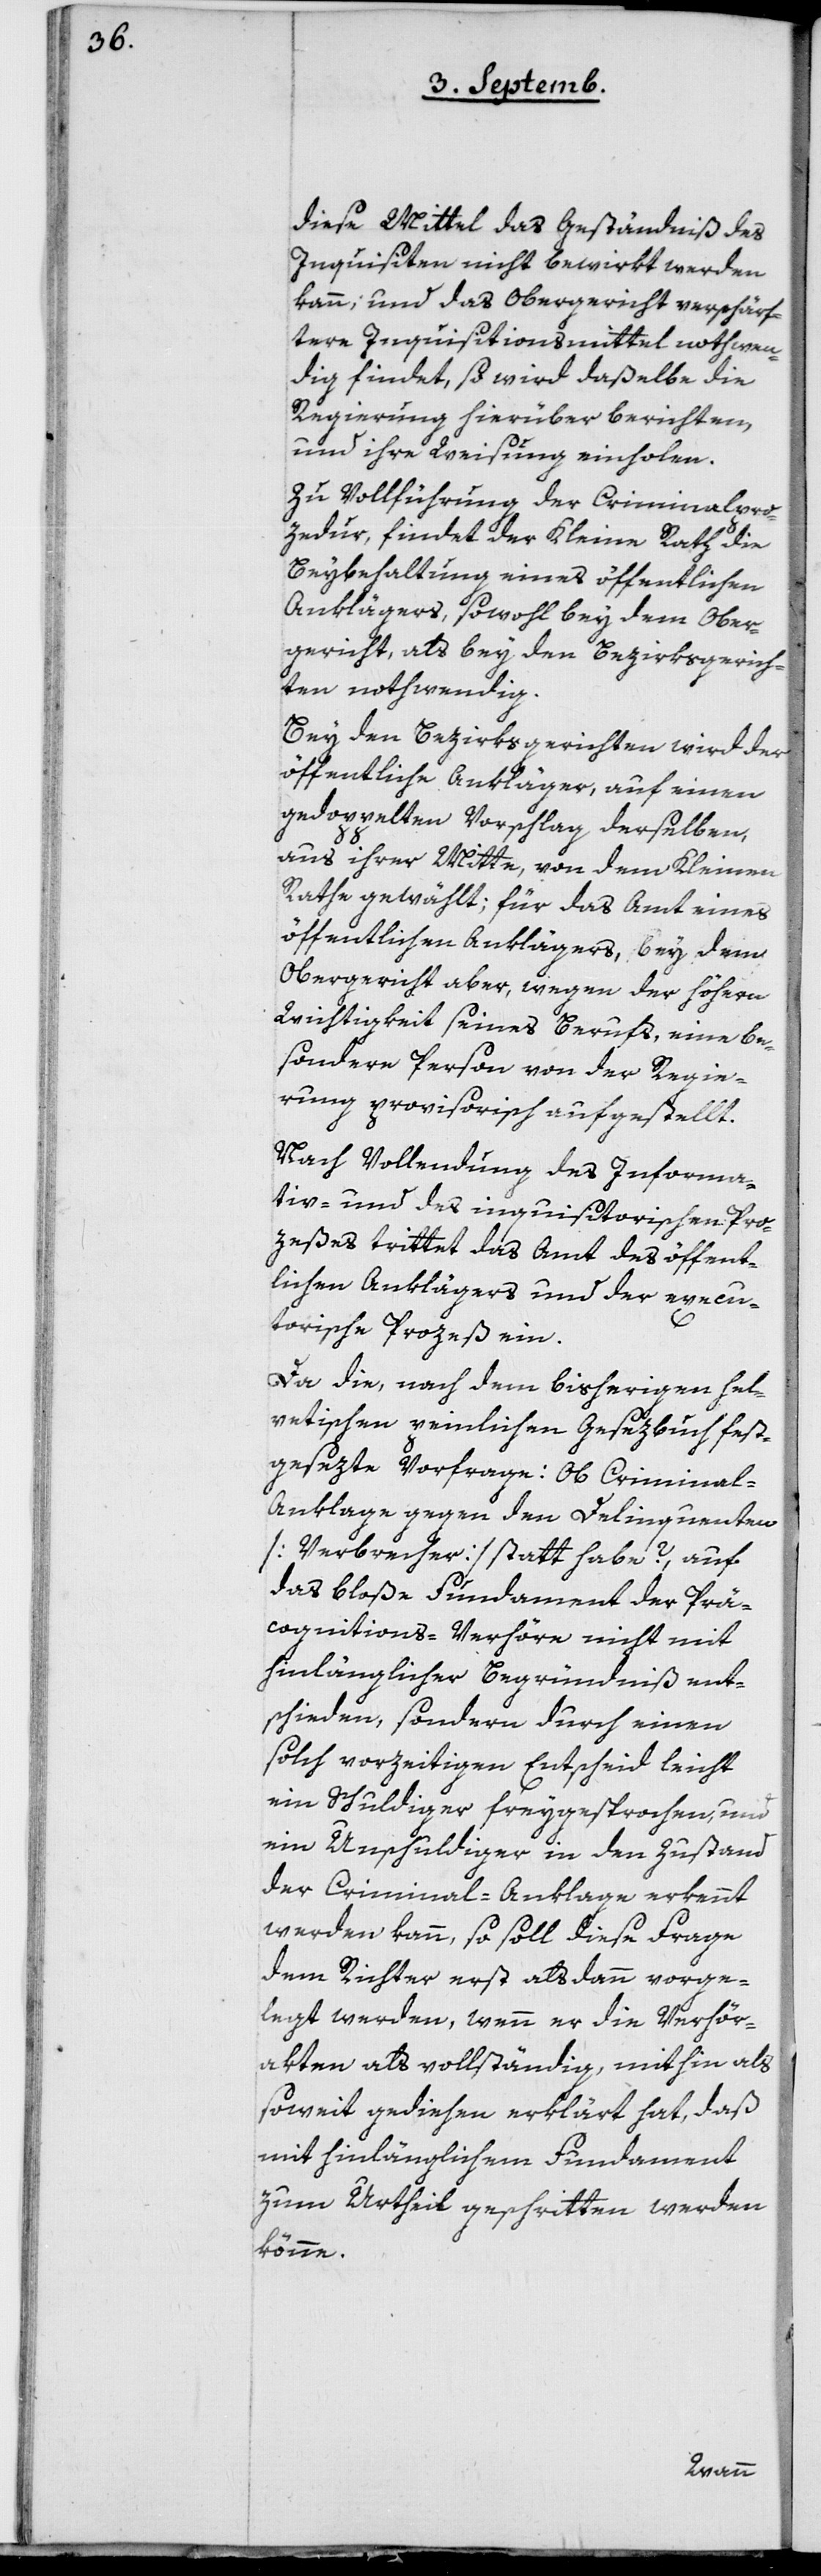
diese Mittel das Geständniß des
Inquisiten nicht bewirkt werden
kann, und das Obergericht verschärf¬
tere Inquisitionsmittel nothwen¬
dig findet, so wird daßelbe die
Regierung hierüber berichten,
und ihre Weisung einholen.
Zu Vollführung der Criminalpro¬
zedur findet der Kleine Rath die
Beybehaltung eines öffentlichen
Anklägers, sowohl bey dem Ober¬
gericht, als bey den Bezirksgerich¬
ten nothwendig.
Bey den Bezirksgerichten wird der
öffentliche Ankläger, auf einen
gedoppelten Vorschlag derselben,
aus ihrer Mitte, von dem Kleinen
Rathe gewählt; für das Amt eines
öffentlichen Anklägers, bey dem
Obergericht aber, wegen der höhern
Wichtigkeit seines Berufs, eine be¬
sondere Person von der Regie¬
rung provisorisch aufgestellt.
Nach Vollendung des Informa¬
tiv- und des inquisitorischen Pro¬
zeßes trittet das Amt des öffent¬
lichen Anklägers und der execu¬
torische Prozeß ein.
Da die, nach dem bisherigen hel¬
vetischen peinlichen Gesezbuch fest¬
gesezte Vorfrage: Ob Criminal-A¬
nklage gegen den Delinquenten
[Verbrecher] statt habe?, auf
das bloße Fundament der Prä¬
cognitions-Verhöre nicht mit
hinlänglicher Begründniß ent¬
schieden, sondern durch einen
solch vorzeitigen Entscheid leicht
ein Schuldiger freygesprochen, und
ein Unschuldiger in den Zustand
der Criminal-Anklage erkennt
werden kann, so soll diese Frage
dem Richter erst als dann vorge¬
legt werden, wenn er die Verhör¬
akten als vollständig, mithin als
soweit gediehen erklärt hat, daß
mit hinlänglichem Fundament
zum Urtheil geschritten werden
könne.